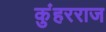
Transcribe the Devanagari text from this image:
कुंहरराज